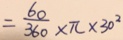
= \frac { 6 0 } { 3 6 0 } \times \pi \times 3 0 ^ { 2 }